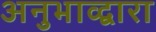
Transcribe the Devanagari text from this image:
अनुभाव्द्वारा